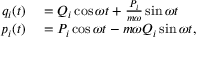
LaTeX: \begin{array} { r l } { q _ { i } ( t ) } & { { } = Q _ { i } \cos { \omega t } + { \frac { P _ { i } } { m \omega } } \sin { \omega t } } \\ { p _ { i } ( t ) } & { { } = P _ { i } \cos { \omega t } - m \omega Q _ { i } \sin { \omega t } , } \end{array}